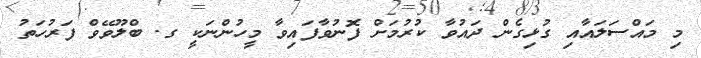
މި މައްސަލައާއި ގުޅިގެން ދައުވާ ކުރުމަށް ފޮނުވާފައިވާ މީހުންނަކީ ގ. ބްލޫވޭވް ފަރުހަތު